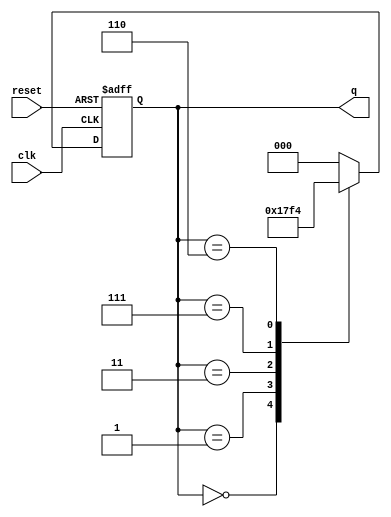
module modified_johnson_counter (
    input wire clk,         // Clock input
    input wire reset,       // Asynchronous reset
    output reg [2:0] q      // 3-bit output
);

// Always block triggered on rising edge of clock or reset
always @(posedge clk or posedge reset) begin
    if (reset) begin
        q <= 3'b000; // Asynchronous reset to initial state
    end else begin
        // Modified Johnson counter logic
        case (q)
            3'b000: q <= 3'b001;
            3'b001: q <= 3'b011;
            3'b011: q <= 3'b111;
            3'b111: q <= 3'b110;
            3'b110: q <= 3'b100;
            3'b100: q <= 3'b000; // Wrap around to initial state
            default: q <= 3'b000; // Safety default
        endcase
    end
end

endmodule